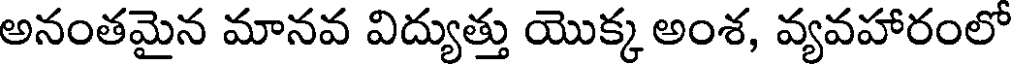
అనంతమైన మానవ విద్యుత్తు యొక్క అంశ, వ్యవహారంలో